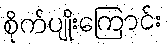
စိုက်ပျိုးကြောင်း